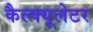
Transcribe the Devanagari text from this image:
कैल्क्यूलेटर